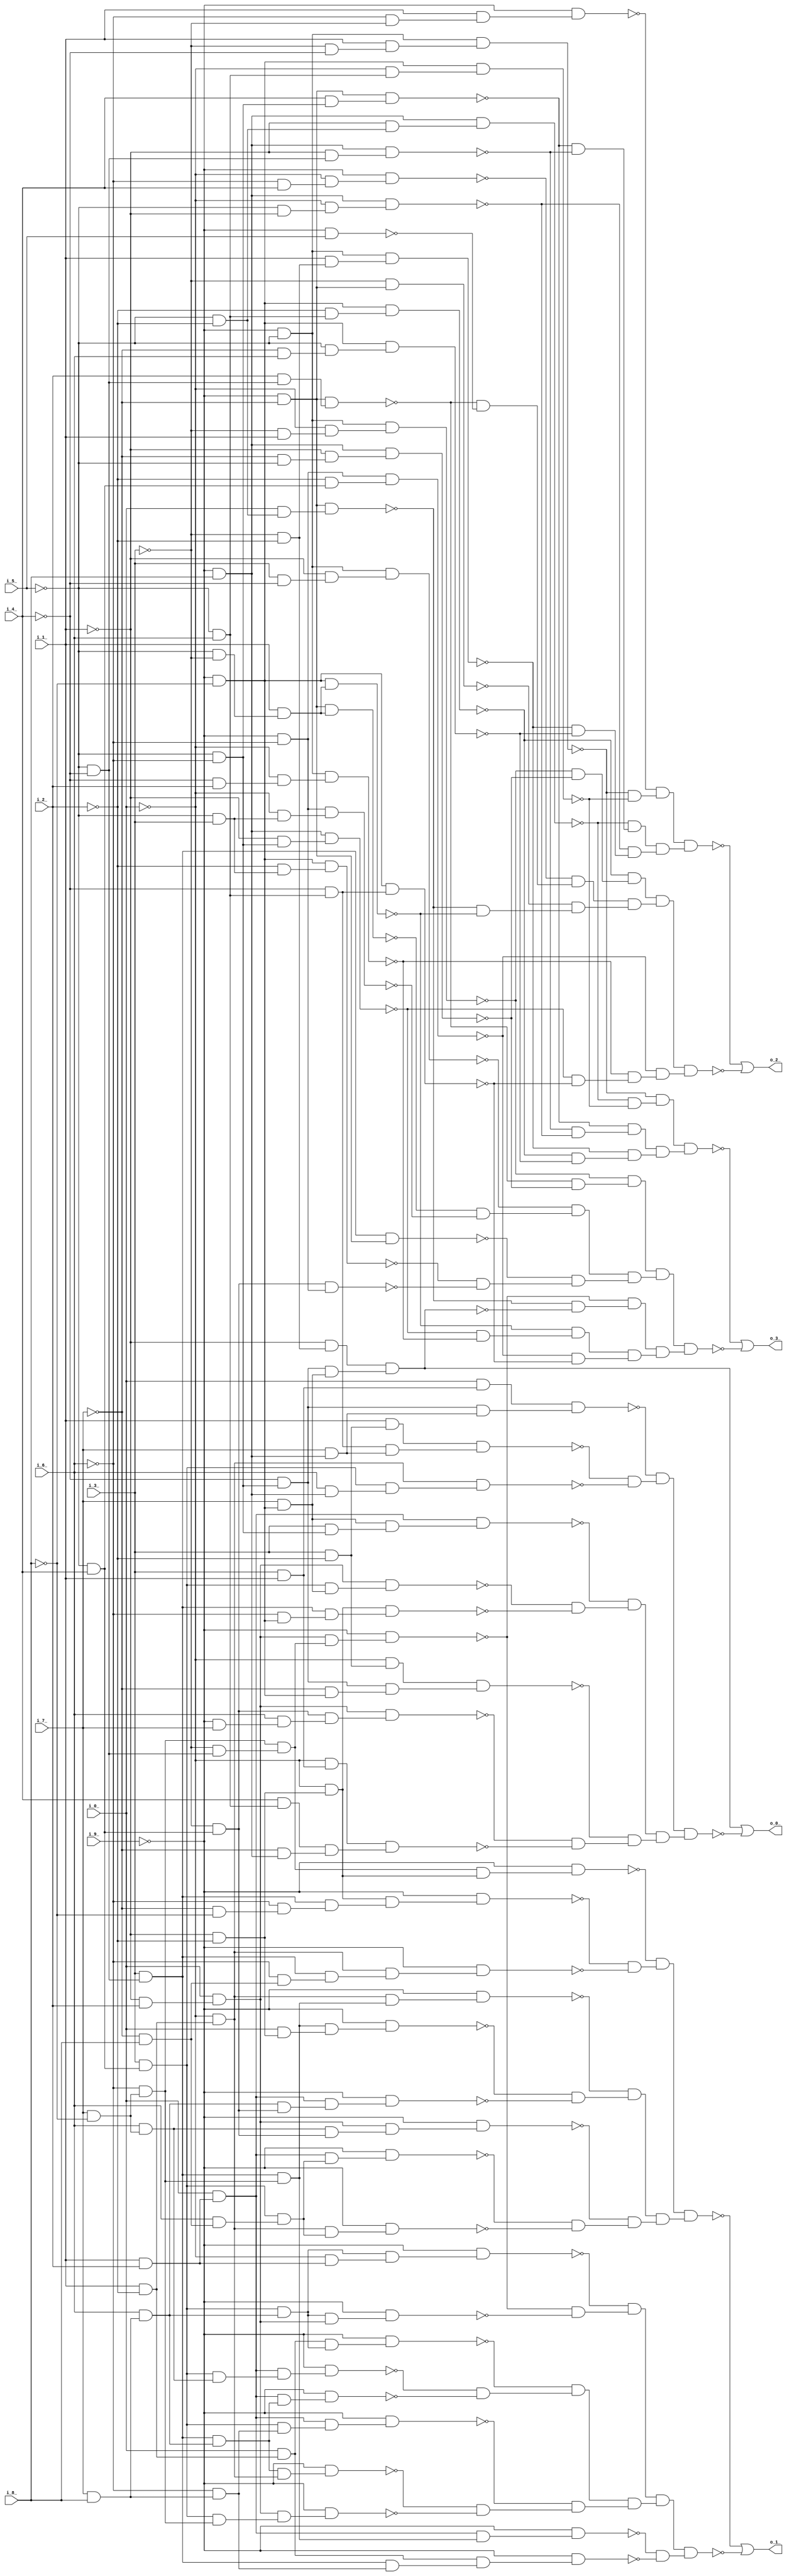
module top ( 
    i_9_, i_7_, i_8_, i_5_, i_6_, i_3_, i_4_, i_1_, i_2_, i_0_,
    o_1_, o_2_, o_0_, o_3_  );
  input  i_9_, i_7_, i_8_, i_5_, i_6_, i_3_, i_4_, i_1_, i_2_, i_0_;
  output o_1_, o_2_, o_0_, o_3_;
  wire new_n15_, new_n16_, new_n17_, new_n18_, new_n19_, new_n20_, new_n21_,
    new_n22_, new_n23_, new_n24_, new_n25_, new_n26_, new_n27_, new_n28_,
    new_n29_, new_n30_, new_n31_, new_n32_, new_n33_, new_n34_, new_n35_,
    new_n36_, new_n37_, new_n38_, new_n39_, new_n40_, new_n41_, new_n42_,
    new_n43_, new_n44_, new_n45_, new_n46_, new_n47_, new_n48_, new_n49_,
    new_n50_, new_n51_, new_n52_, new_n53_, new_n54_, new_n55_, new_n56_,
    new_n57_, new_n58_, new_n59_, new_n60_, new_n61_, new_n62_, new_n63_,
    new_n64_, new_n65_, new_n66_, new_n67_, new_n68_, new_n69_, new_n70_,
    new_n71_, new_n72_, new_n73_, new_n74_, new_n75_, new_n76_, new_n77_,
    new_n78_, new_n79_, new_n80_, new_n81_, new_n82_, new_n83_, new_n84_,
    new_n85_, new_n86_, new_n87_, new_n88_, new_n89_, new_n90_, new_n91_,
    new_n92_, new_n93_, new_n94_, new_n95_, new_n96_, new_n97_, new_n98_,
    new_n99_, new_n100_, new_n101_, new_n102_, new_n103_, new_n104_,
    new_n105_, new_n106_, new_n107_, new_n108_, new_n109_, new_n110_,
    new_n111_, new_n112_, new_n113_, new_n115_, new_n116_, new_n117_,
    new_n118_, new_n119_, new_n120_, new_n121_, new_n122_, new_n123_,
    new_n124_, new_n125_, new_n126_, new_n127_, new_n128_, new_n129_,
    new_n130_, new_n131_, new_n132_, new_n133_, new_n134_, new_n135_,
    new_n136_, new_n137_, new_n138_, new_n139_, new_n140_, new_n141_,
    new_n142_, new_n143_, new_n144_, new_n145_, new_n146_, new_n147_,
    new_n148_, new_n149_, new_n150_, new_n151_, new_n152_, new_n153_,
    new_n154_, new_n155_, new_n156_, new_n157_, new_n158_, new_n159_,
    new_n160_, new_n161_, new_n162_, new_n163_, new_n164_, new_n165_,
    new_n166_, new_n167_, new_n168_, new_n169_, new_n170_, new_n171_,
    new_n172_, new_n173_, new_n174_, new_n175_, new_n176_, new_n177_,
    new_n178_, new_n179_, new_n180_, new_n181_, new_n182_, new_n183_,
    new_n184_, new_n185_, new_n186_, new_n187_, new_n188_, new_n189_,
    new_n190_, new_n191_, new_n192_, new_n193_, new_n194_, new_n196_,
    new_n197_, new_n198_, new_n199_, new_n200_, new_n201_, new_n202_,
    new_n203_, new_n204_, new_n205_, new_n206_, new_n207_, new_n208_,
    new_n209_, new_n210_, new_n211_, new_n212_, new_n213_, new_n214_,
    new_n215_, new_n216_, new_n217_, new_n218_, new_n219_, new_n220_,
    new_n221_, new_n222_, new_n223_, new_n224_, new_n225_, new_n226_,
    new_n227_, new_n228_, new_n229_, new_n230_, new_n231_, new_n232_,
    new_n233_, new_n234_, new_n235_, new_n236_, new_n237_, new_n238_,
    new_n239_, new_n240_, new_n241_, new_n243_, new_n244_, new_n245_,
    new_n246_, new_n247_, new_n248_, new_n249_, new_n250_, new_n251_,
    new_n252_, new_n253_, new_n254_, new_n255_, new_n256_, new_n257_,
    new_n258_, new_n259_, new_n260_, new_n261_, new_n262_, new_n263_,
    new_n264_, new_n265_, new_n266_, new_n267_, new_n268_, new_n269_,
    new_n270_, new_n271_, new_n272_, new_n273_, new_n274_, new_n275_,
    new_n276_, new_n277_;
  assign new_n15_ = ~i_5_ & i_4_;
  assign new_n16_ = i_3_ & new_n15_;
  assign new_n17_ = i_7_ & ~i_8_;
  assign new_n18_ = i_6_ & new_n17_;
  assign new_n19_ = i_1_ & i_2_;
  assign new_n20_ = i_0_ & new_n19_;
  assign new_n21_ = new_n16_ & new_n18_;
  assign new_n22_ = new_n20_ & new_n21_;
  assign new_n23_ = ~i_9_ & new_n22_;
  assign new_n24_ = ~i_5_ & ~i_4_;
  assign new_n25_ = i_3_ & new_n24_;
  assign new_n26_ = i_7_ & i_8_;
  assign new_n27_ = i_6_ & new_n26_;
  assign new_n28_ = new_n25_ & new_n27_;
  assign new_n29_ = new_n20_ & new_n28_;
  assign new_n30_ = ~i_9_ & new_n29_;
  assign new_n31_ = i_1_ & ~i_2_;
  assign new_n32_ = i_0_ & new_n31_;
  assign new_n33_ = new_n16_ & new_n27_;
  assign new_n34_ = new_n32_ & new_n33_;
  assign new_n35_ = ~i_9_ & new_n34_;
  assign new_n36_ = ~new_n23_ & ~new_n30_;
  assign new_n37_ = ~new_n35_ & new_n36_;
  assign new_n38_ = ~i_0_ & new_n31_;
  assign new_n39_ = new_n28_ & new_n38_;
  assign new_n40_ = ~i_9_ & new_n39_;
  assign new_n41_ = ~i_6_ & new_n17_;
  assign new_n42_ = ~i_1_ & i_2_;
  assign new_n43_ = i_0_ & new_n42_;
  assign new_n44_ = new_n16_ & new_n41_;
  assign new_n45_ = new_n43_ & new_n44_;
  assign new_n46_ = ~i_9_ & new_n45_;
  assign new_n47_ = ~i_6_ & new_n26_;
  assign new_n48_ = new_n16_ & new_n47_;
  assign new_n49_ = new_n20_ & new_n48_;
  assign new_n50_ = ~i_9_ & new_n49_;
  assign new_n51_ = ~new_n40_ & ~new_n46_;
  assign new_n52_ = ~new_n50_ & new_n51_;
  assign new_n53_ = ~i_3_ & new_n24_;
  assign new_n54_ = new_n41_ & new_n53_;
  assign new_n55_ = new_n43_ & new_n54_;
  assign new_n56_ = ~i_9_ & new_n55_;
  assign new_n57_ = new_n33_ & new_n43_;
  assign new_n58_ = ~i_9_ & new_n57_;
  assign new_n59_ = ~i_0_ & new_n19_;
  assign new_n60_ = new_n33_ & new_n59_;
  assign new_n61_ = ~i_9_ & new_n60_;
  assign new_n62_ = ~new_n56_ & ~new_n58_;
  assign new_n63_ = ~new_n61_ & new_n62_;
  assign new_n64_ = new_n37_ & new_n52_;
  assign new_n65_ = new_n63_ & new_n64_;
  assign new_n66_ = new_n25_ & new_n41_;
  assign new_n67_ = new_n20_ & new_n66_;
  assign new_n68_ = ~i_9_ & new_n67_;
  assign new_n69_ = new_n25_ & new_n47_;
  assign new_n70_ = new_n32_ & new_n69_;
  assign new_n71_ = ~i_9_ & new_n70_;
  assign new_n72_ = ~new_n68_ & ~new_n71_;
  assign new_n73_ = ~i_1_ & ~i_2_;
  assign new_n74_ = i_0_ & new_n73_;
  assign new_n75_ = new_n66_ & new_n74_;
  assign new_n76_ = ~i_9_ & new_n75_;
  assign new_n77_ = ~i_3_ & new_n15_;
  assign new_n78_ = new_n27_ & new_n77_;
  assign new_n79_ = new_n20_ & new_n78_;
  assign new_n80_ = ~i_9_ & new_n79_;
  assign new_n81_ = new_n38_ & new_n66_;
  assign new_n82_ = ~i_9_ & new_n81_;
  assign new_n83_ = ~new_n76_ & ~new_n80_;
  assign new_n84_ = ~new_n82_ & new_n83_;
  assign new_n85_ = ~i_7_ & i_8_;
  assign new_n86_ = i_6_ & new_n85_;
  assign new_n87_ = new_n16_ & new_n86_;
  assign new_n88_ = new_n20_ & new_n87_;
  assign new_n89_ = ~i_9_ & new_n88_;
  assign new_n90_ = new_n38_ & new_n87_;
  assign new_n91_ = ~i_9_ & new_n90_;
  assign new_n92_ = new_n18_ & new_n77_;
  assign new_n93_ = new_n43_ & new_n92_;
  assign new_n94_ = ~i_9_ & new_n93_;
  assign new_n95_ = ~new_n89_ & ~new_n91_;
  assign new_n96_ = ~new_n94_ & new_n95_;
  assign new_n97_ = ~i_7_ & ~i_8_;
  assign new_n98_ = ~i_6_ & new_n97_;
  assign new_n99_ = ~i_0_ & new_n73_;
  assign new_n100_ = new_n25_ & new_n98_;
  assign new_n101_ = new_n99_ & new_n100_;
  assign new_n102_ = ~i_9_ & new_n101_;
  assign new_n103_ = ~i_6_ & new_n85_;
  assign new_n104_ = new_n25_ & new_n103_;
  assign new_n105_ = new_n38_ & new_n104_;
  assign new_n106_ = ~i_9_ & new_n105_;
  assign new_n107_ = new_n54_ & new_n99_;
  assign new_n108_ = ~i_9_ & new_n107_;
  assign new_n109_ = ~new_n102_ & ~new_n106_;
  assign new_n110_ = ~new_n108_ & new_n109_;
  assign new_n111_ = new_n84_ & new_n96_;
  assign new_n112_ = new_n110_ & new_n111_;
  assign new_n113_ = new_n65_ & new_n72_;
  assign o_1_ = ~new_n112_ | ~new_n113_;
  assign new_n115_ = ~i_9_ & ~i_7_;
  assign new_n116_ = i_2_ & new_n24_;
  assign new_n117_ = new_n115_ & new_n116_;
  assign new_n118_ = ~i_9_ & i_5_;
  assign new_n119_ = ~i_6_ & i_4_;
  assign new_n120_ = ~i_0_ & new_n119_;
  assign new_n121_ = ~i_9_ & new_n120_;
  assign new_n122_ = ~new_n117_ & ~new_n118_;
  assign new_n123_ = ~new_n121_ & new_n122_;
  assign new_n124_ = ~i_5_ & ~i_2_;
  assign new_n125_ = i_0_ & new_n124_;
  assign new_n126_ = new_n115_ & new_n125_;
  assign new_n127_ = ~i_9_ & ~i_8_;
  assign new_n128_ = ~i_5_ & ~i_3_;
  assign new_n129_ = i_1_ & new_n128_;
  assign new_n130_ = new_n127_ & new_n129_;
  assign new_n131_ = ~i_3_ & new_n115_;
  assign new_n132_ = ~new_n126_ & ~new_n130_;
  assign new_n133_ = ~new_n131_ & new_n132_;
  assign new_n134_ = ~i_9_ & ~i_5_;
  assign new_n135_ = ~i_3_ & i_1_;
  assign new_n136_ = ~i_0_ & new_n135_;
  assign new_n137_ = new_n134_ & new_n136_;
  assign new_n138_ = ~i_9_ & i_8_;
  assign new_n139_ = ~i_7_ & ~i_5_;
  assign new_n140_ = ~i_1_ & new_n139_;
  assign new_n141_ = new_n138_ & new_n140_;
  assign new_n142_ = ~i_5_ & i_6_;
  assign new_n143_ = ~i_2_ & new_n142_;
  assign new_n144_ = new_n127_ & new_n143_;
  assign new_n145_ = ~new_n137_ & ~new_n141_;
  assign new_n146_ = ~new_n144_ & new_n145_;
  assign new_n147_ = new_n123_ & new_n133_;
  assign new_n148_ = new_n146_ & new_n147_;
  assign new_n149_ = ~i_9_ & ~i_6_;
  assign new_n150_ = ~i_2_ & new_n15_;
  assign new_n151_ = new_n149_ & new_n150_;
  assign new_n152_ = ~i_5_ & ~i_6_;
  assign new_n153_ = ~i_1_ & new_n152_;
  assign new_n154_ = new_n138_ & new_n153_;
  assign new_n155_ = ~i_4_ & new_n142_;
  assign new_n156_ = new_n127_ & new_n155_;
  assign new_n157_ = ~i_4_ & i_2_;
  assign new_n158_ = ~i_0_ & new_n157_;
  assign new_n159_ = new_n134_ & new_n158_;
  assign new_n160_ = ~new_n154_ & ~new_n156_;
  assign new_n161_ = ~new_n159_ & new_n160_;
  assign new_n162_ = ~new_n151_ & new_n161_;
  assign new_n163_ = i_4_ & new_n152_;
  assign new_n164_ = new_n115_ & new_n163_;
  assign new_n165_ = ~i_1_ & new_n24_;
  assign new_n166_ = new_n138_ & new_n165_;
  assign new_n167_ = ~i_1_ & new_n124_;
  assign new_n168_ = new_n138_ & new_n167_;
  assign new_n169_ = ~new_n164_ & ~new_n166_;
  assign new_n170_ = ~new_n168_ & new_n169_;
  assign new_n171_ = ~i_3_ & ~i_2_;
  assign new_n172_ = i_1_ & new_n171_;
  assign new_n173_ = new_n134_ & new_n172_;
  assign new_n174_ = ~i_7_ & i_6_;
  assign new_n175_ = ~i_5_ & new_n174_;
  assign new_n176_ = new_n127_ & new_n175_;
  assign new_n177_ = ~i_5_ & ~i_1_;
  assign new_n178_ = ~i_0_ & new_n177_;
  assign new_n179_ = new_n138_ & new_n178_;
  assign new_n180_ = ~new_n173_ & ~new_n176_;
  assign new_n181_ = ~new_n179_ & new_n180_;
  assign new_n182_ = ~i_3_ & ~i_4_;
  assign new_n183_ = i_1_ & new_n182_;
  assign new_n184_ = new_n134_ & new_n183_;
  assign new_n185_ = ~i_0_ & new_n142_;
  assign new_n186_ = new_n127_ & new_n185_;
  assign new_n187_ = ~i_6_ & ~i_3_;
  assign new_n188_ = i_1_ & new_n187_;
  assign new_n189_ = ~i_9_ & new_n188_;
  assign new_n190_ = ~new_n184_ & ~new_n186_;
  assign new_n191_ = ~new_n189_ & new_n190_;
  assign new_n192_ = new_n170_ & new_n181_;
  assign new_n193_ = new_n191_ & new_n192_;
  assign new_n194_ = new_n148_ & new_n162_;
  assign o_2_ = ~new_n193_ | ~new_n194_;
  assign new_n196_ = ~i_4_ & new_n152_;
  assign new_n197_ = i_7_ & new_n127_;
  assign new_n198_ = ~i_1_ & new_n171_;
  assign new_n199_ = new_n196_ & new_n197_;
  assign new_n200_ = new_n198_ & new_n199_;
  assign new_n201_ = new_n16_ & new_n197_;
  assign new_n202_ = new_n43_ & new_n201_;
  assign new_n203_ = ~i_6_ & new_n127_;
  assign new_n204_ = new_n25_ & new_n203_;
  assign new_n205_ = new_n99_ & new_n204_;
  assign new_n206_ = i_3_ & new_n152_;
  assign new_n207_ = new_n197_ & new_n206_;
  assign new_n208_ = new_n20_ & new_n207_;
  assign new_n209_ = ~new_n202_ & ~new_n205_;
  assign new_n210_ = ~new_n208_ & new_n209_;
  assign new_n211_ = ~i_9_ & i_7_;
  assign new_n212_ = i_6_ & new_n211_;
  assign new_n213_ = new_n77_ & new_n212_;
  assign new_n214_ = new_n43_ & new_n213_;
  assign new_n215_ = i_4_ & new_n142_;
  assign new_n216_ = ~i_7_ & new_n138_;
  assign new_n217_ = i_3_ & i_1_;
  assign new_n218_ = ~i_0_ & new_n217_;
  assign new_n219_ = new_n215_ & new_n216_;
  assign new_n220_ = new_n218_ & new_n219_;
  assign new_n221_ = ~i_7_ & new_n127_;
  assign new_n222_ = i_3_ & ~i_2_;
  assign new_n223_ = ~i_0_ & new_n222_;
  assign new_n224_ = new_n196_ & new_n221_;
  assign new_n225_ = new_n223_ & new_n224_;
  assign new_n226_ = ~new_n214_ & ~new_n220_;
  assign new_n227_ = ~new_n225_ & new_n226_;
  assign new_n228_ = i_7_ & new_n138_;
  assign new_n229_ = i_1_ & new_n222_;
  assign new_n230_ = new_n155_ & new_n228_;
  assign new_n231_ = new_n229_ & new_n230_;
  assign new_n232_ = i_6_ & new_n138_;
  assign new_n233_ = new_n16_ & new_n232_;
  assign new_n234_ = new_n38_ & new_n233_;
  assign new_n235_ = i_0_ & new_n217_;
  assign new_n236_ = new_n196_ & new_n228_;
  assign new_n237_ = new_n235_ & new_n236_;
  assign new_n238_ = ~new_n231_ & ~new_n234_;
  assign new_n239_ = ~new_n237_ & new_n238_;
  assign new_n240_ = new_n210_ & new_n227_;
  assign new_n241_ = new_n239_ & new_n240_;
  assign o_0_ = new_n200_ | ~new_n241_;
  assign new_n243_ = new_n115_ & new_n129_;
  assign new_n244_ = ~i_5_ & i_3_;
  assign new_n245_ = ~i_0_ & new_n244_;
  assign new_n246_ = new_n149_ & new_n245_;
  assign new_n247_ = i_3_ & ~i_4_;
  assign new_n248_ = ~i_1_ & new_n247_;
  assign new_n249_ = new_n134_ & new_n248_;
  assign new_n250_ = ~new_n243_ & ~new_n246_;
  assign new_n251_ = ~new_n249_ & new_n250_;
  assign new_n252_ = ~i_2_ & new_n244_;
  assign new_n253_ = new_n127_ & new_n252_;
  assign new_n254_ = new_n77_ & new_n149_;
  assign new_n255_ = new_n25_ & new_n115_;
  assign new_n256_ = ~new_n253_ & ~new_n254_;
  assign new_n257_ = ~new_n255_ & new_n256_;
  assign new_n258_ = ~new_n117_ & ~new_n141_;
  assign new_n259_ = ~new_n137_ & new_n258_;
  assign new_n260_ = new_n251_ & new_n257_;
  assign new_n261_ = new_n259_ & new_n260_;
  assign new_n262_ = ~new_n154_ & ~new_n159_;
  assign new_n263_ = ~new_n130_ & new_n262_;
  assign new_n264_ = ~new_n151_ & ~new_n156_;
  assign new_n265_ = ~new_n126_ & ~new_n200_;
  assign new_n266_ = ~new_n56_ & new_n265_;
  assign new_n267_ = new_n263_ & new_n264_;
  assign new_n268_ = new_n266_ & new_n267_;
  assign new_n269_ = ~new_n166_ & ~new_n179_;
  assign new_n270_ = ~new_n164_ & new_n269_;
  assign new_n271_ = ~new_n144_ & ~new_n176_;
  assign new_n272_ = ~new_n173_ & new_n271_;
  assign new_n273_ = ~new_n168_ & ~new_n186_;
  assign new_n274_ = ~new_n184_ & new_n273_;
  assign new_n275_ = new_n270_ & new_n272_;
  assign new_n276_ = new_n274_ & new_n275_;
  assign new_n277_ = new_n261_ & new_n268_;
  assign o_3_ = ~new_n276_ | ~new_n277_;
endmodule